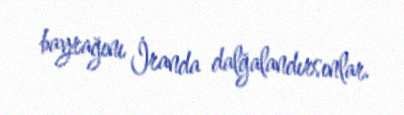
bayrağını İranda dalğalandırsınlar.